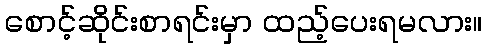
စောင့်ဆိုင်းစာရင်းမှာ ထည့်ပေးရမလား။